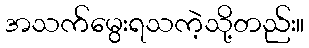
အသက်မွေးရသကဲ့သို့တည်း။